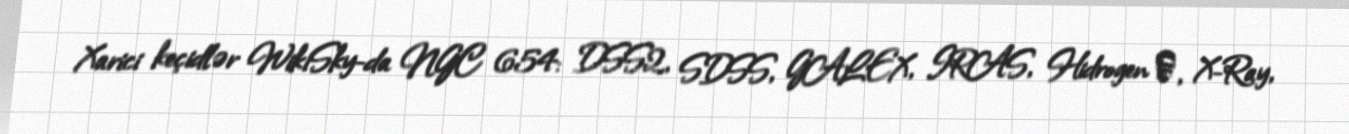
Xarici keçidlər WikiSky-da NGC 654: DSS2, SDSS, GALEX, IRAS, Hidrogen α, X-Ray,